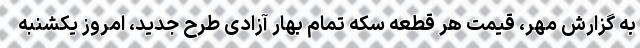
به گزارش مهر، قیمت هر قطعه سکه تمام بهار آزادی طرح جدید، امروز یکشنبه